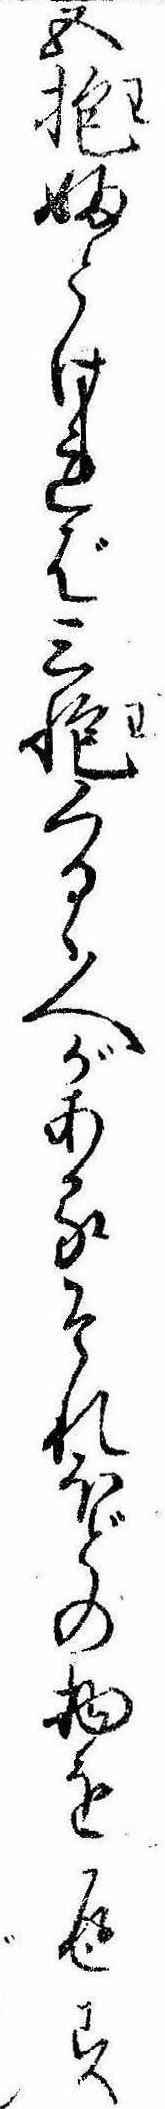
五抱ふとければ三抱くるゝ人があるそれほどの物を返す